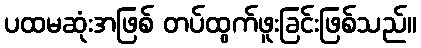
ပထမဆုံးအဖြစ် တပ်ထွက်ဖူးခြင်းဖြစ်သည်။